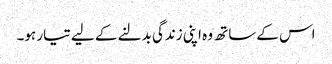
اس کے ساتھ وہ اپنی زندگی بدلنے کے لیے تیار ہو۔